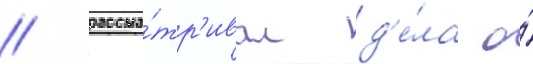
/ рассма́тр'ивал д'е́ла о́